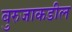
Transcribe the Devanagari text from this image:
बुरुजाकडील